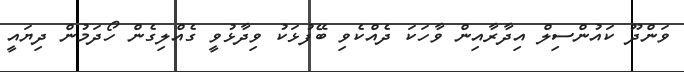
ވަންދޫ ކައުންސިލް އިދާރާއިން ވާހަކަ ދެއްކެވި ބޭފުޅަކު ވިދާޅުވީ ގެއްލިގެން ހޯދަމުން ދިޔައީ